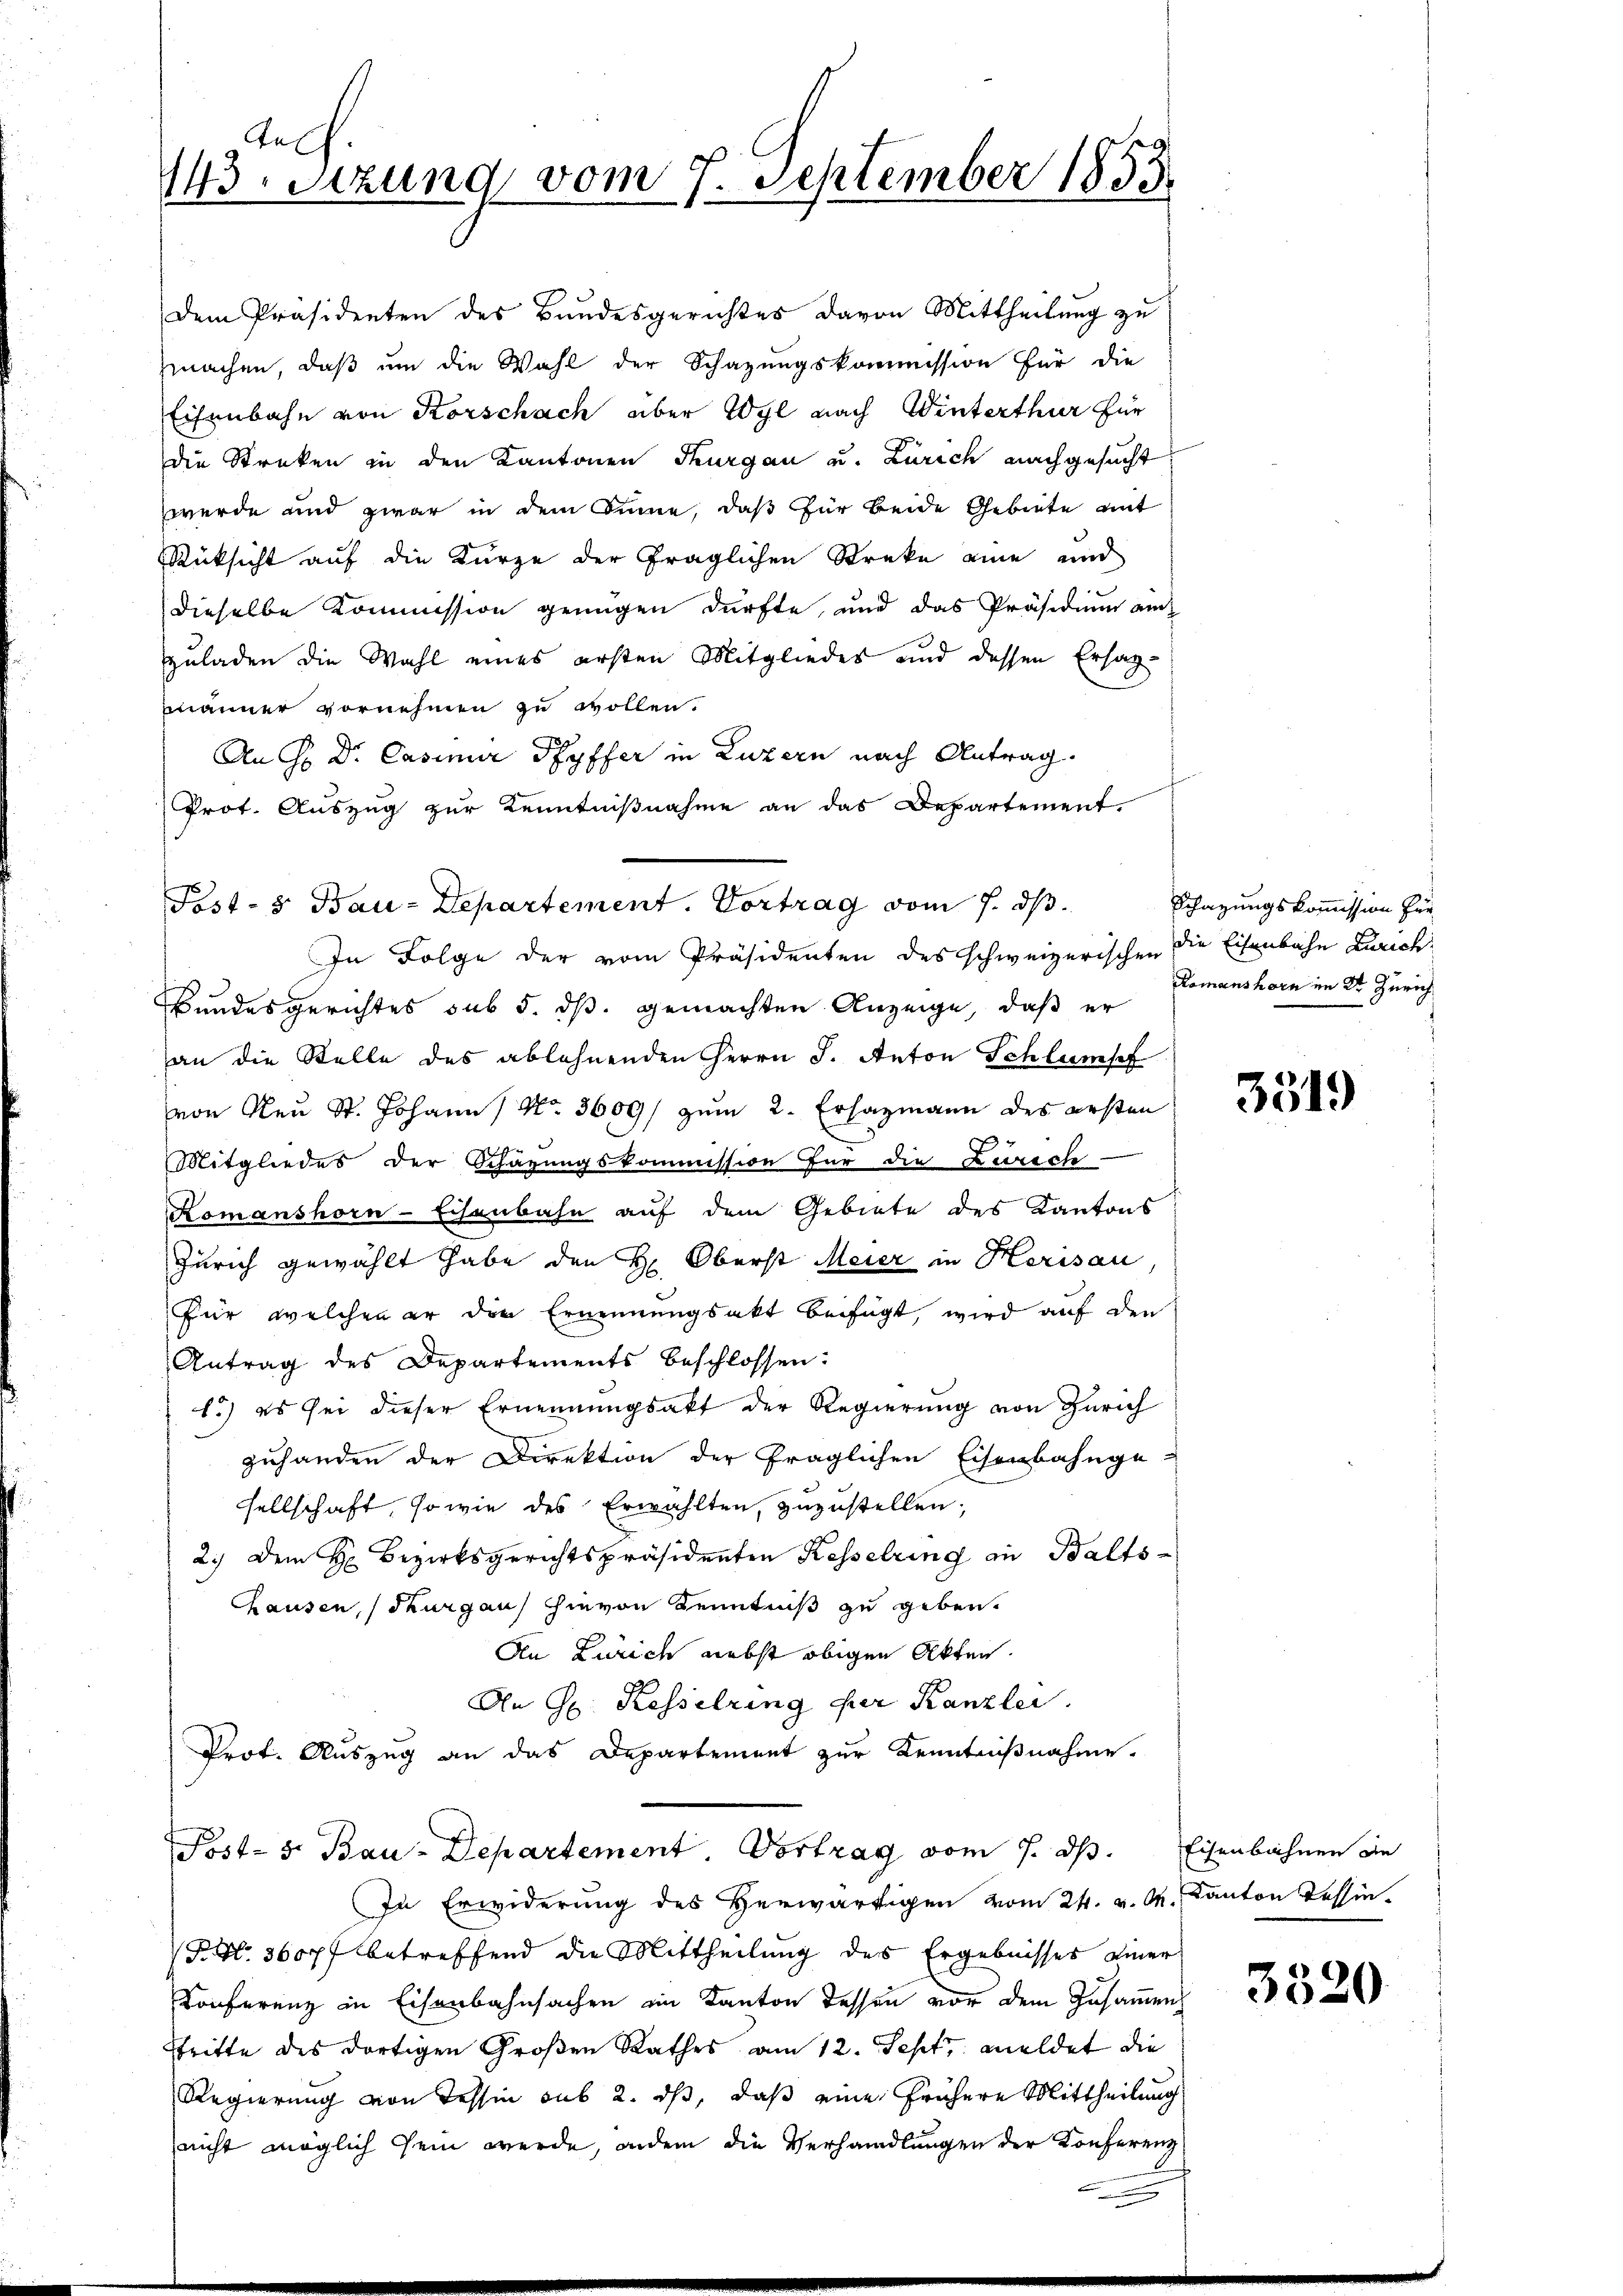
An
143. Setzung vom 7. September 1853

Dem Präsidenten des Bundesgerichtes davon Mittheilung zu
machen, daß um die Wahl der Schazungskommission für die
Eisenbahn von Korschach aber Wyl nach Winterthur für
die Streken in den Kantonen Thurgau und Zürich nachgesucht
werde und zwar in dem Sinne, daß für beide Gebiete mit
Rüksicht auf die Kürze der fraglichen Streke eine und
dieselbe Kommission genügen dürfte, und das Präsidium am
zuladen die Wahl eines ersten Mitgliedes und dessen Ersatz-
männer vornehmen zu wollen.
An H. Dr. Casimir Pfyffer in Luzern nach Antrag.
Prot. Auszug zur Kenntnißnahme an das Departement.
Bundesgerichtes sub 5. dß. gemachten Anzeige, daß er
an die Stelle des ablehnenden Herrn J. Anton Schlumpf
von Neu St. Johann No. 3609/ zum 2. Erhazmann des ersten
Mitgliedes der Schazungskommission für die Zürich-
Komanshorn-Eisenbahn auf dem Gebiete des Kantons
Zürich gewählt habe den H. Oberst Meier in Herisau,
für welchen er den Ernennungsakt beifügt, wird auf den
Antrag des Departements beschlossen:
1.) es sei dieser Ernennungsakt der Regierung von Zürich
zuhanden der Direktion der fraglichen Eisenbahnge-
sellschaft, sowie des Erwählten, zuzustellen,
2.) Dem H. Bezirksgerichtspräsidenten Kesselring in Balts-
Chausen, Thurgau hievon Kenntniß zu geben.
An Zürich nebst obigen Akten.
An Hr. Kesselring der Kanzlei.
Prof. Auszug an das Departement zur Kenntnißnahme.
Post- 5. Bau-Departement. Vortrag vom 7. ds. Eisenbahnen die
In Erwiderung des Herwärtigen vom 24. v. M. Kanton Tessin.
P. Nr. 3607 betreffend die Mittheilung des Ergebnisses einer
Konferenz in Eisenbahnsachen im Kanton dessen vor dem Zusammen
Stritte des dortigen Großen Rathes am 12. Sept. meldet die
Regierung von Tessin sub 2. ds, daß eine frühere Mittheilung
nicht möglich sein werde, indem die Verhandlungen der Konferenz

Post- & Bau-Departement. Vortrag vom 7. ds.
In Folge der vom Präsidenten des schweizerischen die Eisenbahn Zürich.

Schazungskommission für
Romanshorn im Str. Zürich

3319

3520